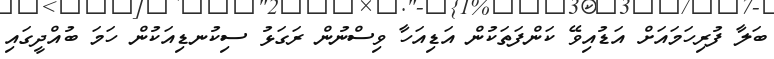
ބަލާ ފުރިހަމައަށް އަޑުއިވޭ ކަންފަތަކުން އަޑިއަހާ ވިސްނުން ރަގަޅު ސިކުނޑިއަކުން ހަމަ ބުއްދީގައި